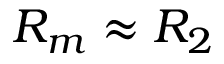
R _ { m } \approx R _ { 2 }